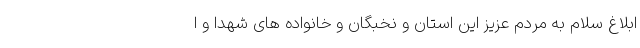
ابلاغ سلام به مردم عزیز این استان و نخبگان و خانواده های شهدا و ا